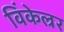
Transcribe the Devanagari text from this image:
विंकेल्रर